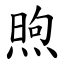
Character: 煦